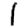
Digit: 1